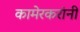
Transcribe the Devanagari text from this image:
कामेरकरांनी